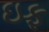
ઇફ